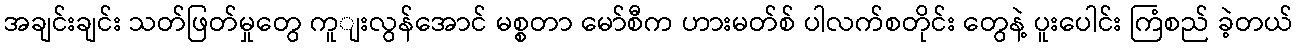
အချင်းချင်း သတ်ဖြတ်မှုတွေ ကူျးလွန်အောင် မစ္စတာ မော်စီက ဟားမတ်စ် ပါလက်စတိုင်း တွေနဲ့ ပူးပေါင်း ကြံစည် ခဲ့တယ်